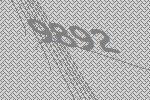
9892